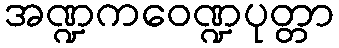
အဏ္ဍကဝေဏ္ဍပုတ္တာ